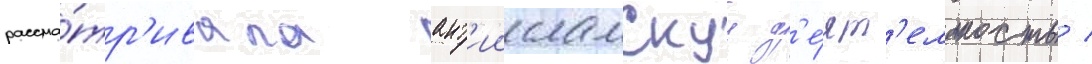
рассма́тр'ивала ант'иисламскуу д'е́ят'ельность /